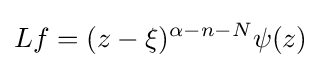
Lf=(z-\xi )^{\alpha -n-N}\psi (z)